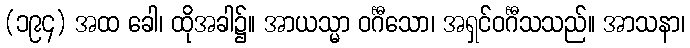
(၁၉၄) အထ ခေါ၊ ထိုအခါ၌။ အာယသ္မာ ဝင်္ဂီသော၊ အရှင်ဝင်္ဂီသသည်။ အာသနာ၊